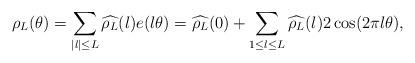
LaTeX: \begin{align*}&\rho_L(\theta) = \sum_{|l| \leq L} \widehat{\rho_L}(l) e(l\theta)= \widehat{\rho_L}(0) + \sum_{1 \leq l \leq L} \widehat{\rho_L}(l) 2\cos (2\pi l \theta),\end{align*}